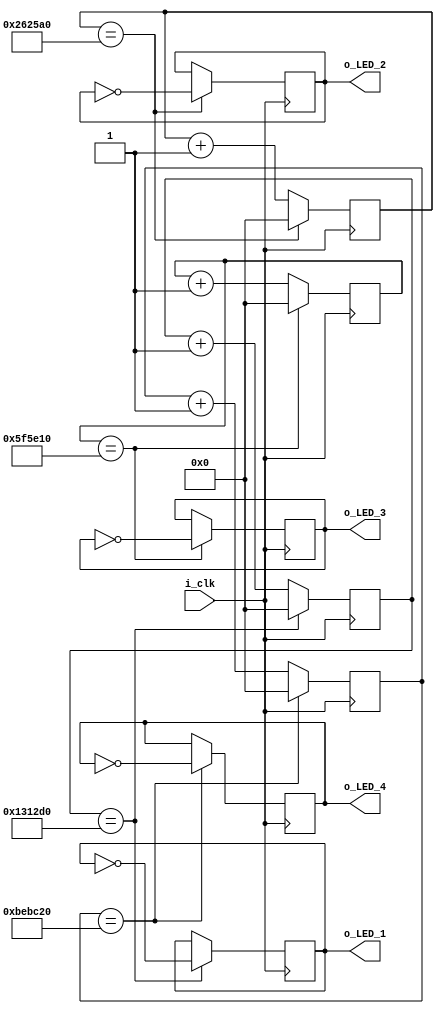
// make 4 LEDs blink at a rate of 10Hz, 5Hz, 2Hz, 1Hz
// needs counters to trigger the toggle

module LED_blink
#(
  parameter g_COUNT_10HZ  = 1250000,
  parameter g_COUNT_5HZ   = 2500000,
  parameter g_COUNT_2HZ   = 6250000,
  parameter g_COUNT_1HZ   = 12500000
)
(
  input       i_clk,
  output reg  o_LED_1 = 0,
  output reg  o_LED_2 = 0,
  output reg  o_LED_3 = 0,
  output reg  o_LED_4 = 0
);

  reg [31:0] r_count_10hz = 0;
  reg [31:0] r_count_5hz = 0;
  reg [31:0] r_count_2hz = 0;
  reg [31:0] r_count_1hz = 0;

  always @(posedge i_clk)
  begin
    if (r_count_10hz == g_COUNT_10HZ)
    begin
      o_LED_1 <= ~o_LED_1;
      r_count_10hz <= 0;
    end
    else 
      r_count_10hz <= r_count_10hz + 1;
  end

  always @(posedge i_clk)
  begin
    if (r_count_5hz == g_COUNT_5HZ)
    begin
      o_LED_2 <= ~o_LED_2;
      r_count_5hz <= 0;
    end
    else 
      r_count_5hz <= r_count_5hz + 1;
  end

  always @(posedge i_clk)
  begin
    if (r_count_2hz == g_COUNT_2HZ)
    begin
      o_LED_3 <= ~o_LED_3;
      r_count_2hz <= 0;
    end
    else 
      r_count_2hz <= r_count_2hz + 1;
  end

  always @(posedge i_clk)
  begin
    if (r_count_1hz == g_COUNT_1HZ)
    begin
      o_LED_4 <= ~o_LED_4;
      r_count_1hz <= 0;
    end
    else 
      r_count_1hz <= r_count_1hz + 1;
  end

endmodule